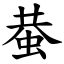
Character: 蛬